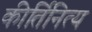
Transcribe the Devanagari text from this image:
कीर्तिनित्य